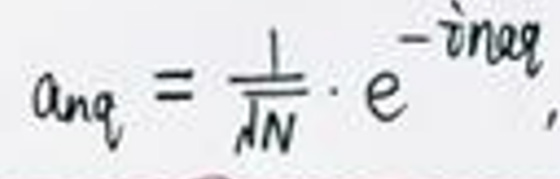
\[
a_{n\mathbf{q}}=\frac{1}{\sqrt{N}}\cdot e^{-i n\mathbf{q}},
\]